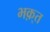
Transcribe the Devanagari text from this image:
भक़्त